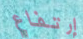
إرتفاع